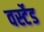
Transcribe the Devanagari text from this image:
वर्स्टेड